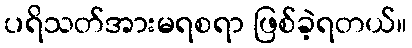
ပရိသတ်အားမရစရာ ဖြစ်ခဲ့ရတယ်။